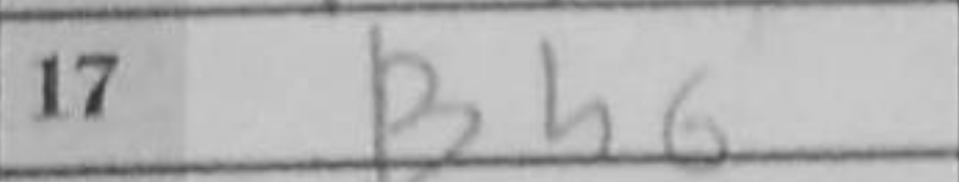
Transcription: Bh6